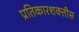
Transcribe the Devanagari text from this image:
प्रतिकारशक्तीस